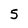
Character: 5